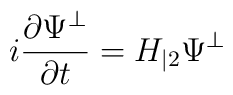
i\frac{\partial \Psi ^{\bot }}{\partial t}=H_{|2}\Psi ^{\bot }